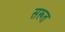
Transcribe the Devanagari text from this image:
सरूत